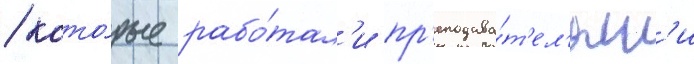
/ кото́рые рабо́тал'и пр'еподава́т'ел'ям'и